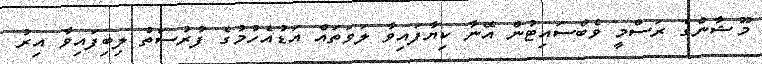
މޫޝާންގެ ރަސްމީ ވެބްސައިޓުން އޭނާ ކިޔާފައިވާ ލަވަތައް އަޑުއެހުމުގެ ފުރުސަތު ލިބިފައިވާ އިރު